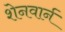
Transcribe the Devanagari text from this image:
शेनवार्न